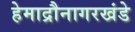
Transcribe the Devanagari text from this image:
हेमाद्रौनागरखंडे